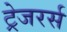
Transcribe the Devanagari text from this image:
ट्रेजरर्स